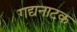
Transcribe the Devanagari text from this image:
गद्यनाटक